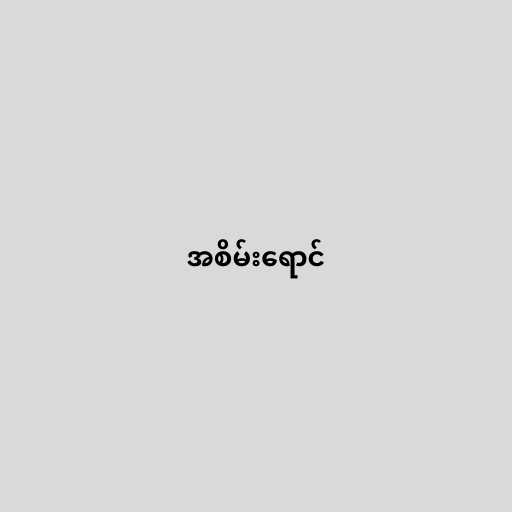
အစိမ်းရောင်